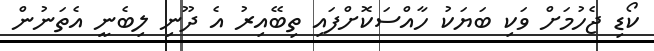
ކޯޑި ޖެހުމަށް ވަކި ބަޔަކު ހާއްސަކޮށްފައި ތިބޭއިރު އެ ދޫނި ލިބެނީ އެތަނުން